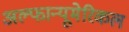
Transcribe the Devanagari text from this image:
अल्फान्यूमेरिकल